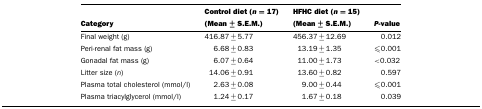
<table><thead><tr><td><b>Category</b></td><td><b>Control diet (<i>n</i>=17) (Mean ± S.E.M.)</b></td><td><b>HFHC diet (<i>n</i>=15) (Mean ± S.E.M.)</b></td><td><b><i>P-</i>value</b></td></tr></thead><tbody><tr><td>Final weight (g)</td><td>416.87±5.77</td><td>456.37±12.69</td><td>0.012</td></tr><tr><td>Peri-renal fat mass (g)</td><td>6.68±0.83</td><td>13.19±1.35</td><td>≤0.001</td></tr><tr><td>Gonadal fat mass (g)</td><td>6.07±0.64</td><td>11.00±1.73</td><td>&lt;0.032</td></tr><tr><td>Litter size (<i>n</i>)</td><td>14.06±0.91</td><td>13.60±0.82</td><td>0.597</td></tr><tr><td>Plasma total cholesterol (mmol/l)</td><td>2.63±0.08</td><td>9.00±0.44</td><td>≤0.001</td></tr><tr><td>Plasma triacylglycerol (mmol/l)</td><td>1.24±0.17</td><td>1.67±0.18</td><td>0.039</td></tr></tbody></table>